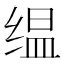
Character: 缊